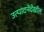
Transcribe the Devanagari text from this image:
उत्पादनेदेखील